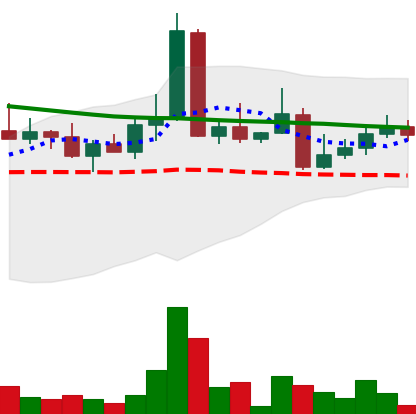
Ticker: DOGE-USD
Chart end date: 2022-04-16
Forward return: -5.112%
Label: down_5_7